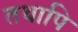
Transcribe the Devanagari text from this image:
तथापि